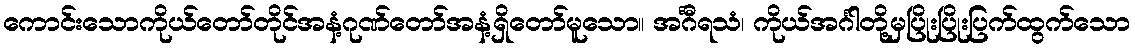
ကောင်းသောကိုယ်တော်တိုင်အနံ့ဂုဏ်တော်အနံ့ရှိတော်မူသော။ အင်္ဂီရသံ၊ ကိုယ်အင်္ဂါတို့မှပြိုးပြိုးပြက်ထွက်သော